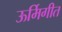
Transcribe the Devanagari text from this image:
ऊर्मिगीत